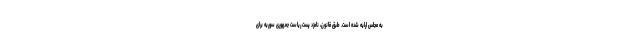
به مجلس ارایه شده است. طبق قانون، نامزد پست ریاست جمهوری سوریه برای